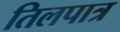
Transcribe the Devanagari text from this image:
तिलपात्र